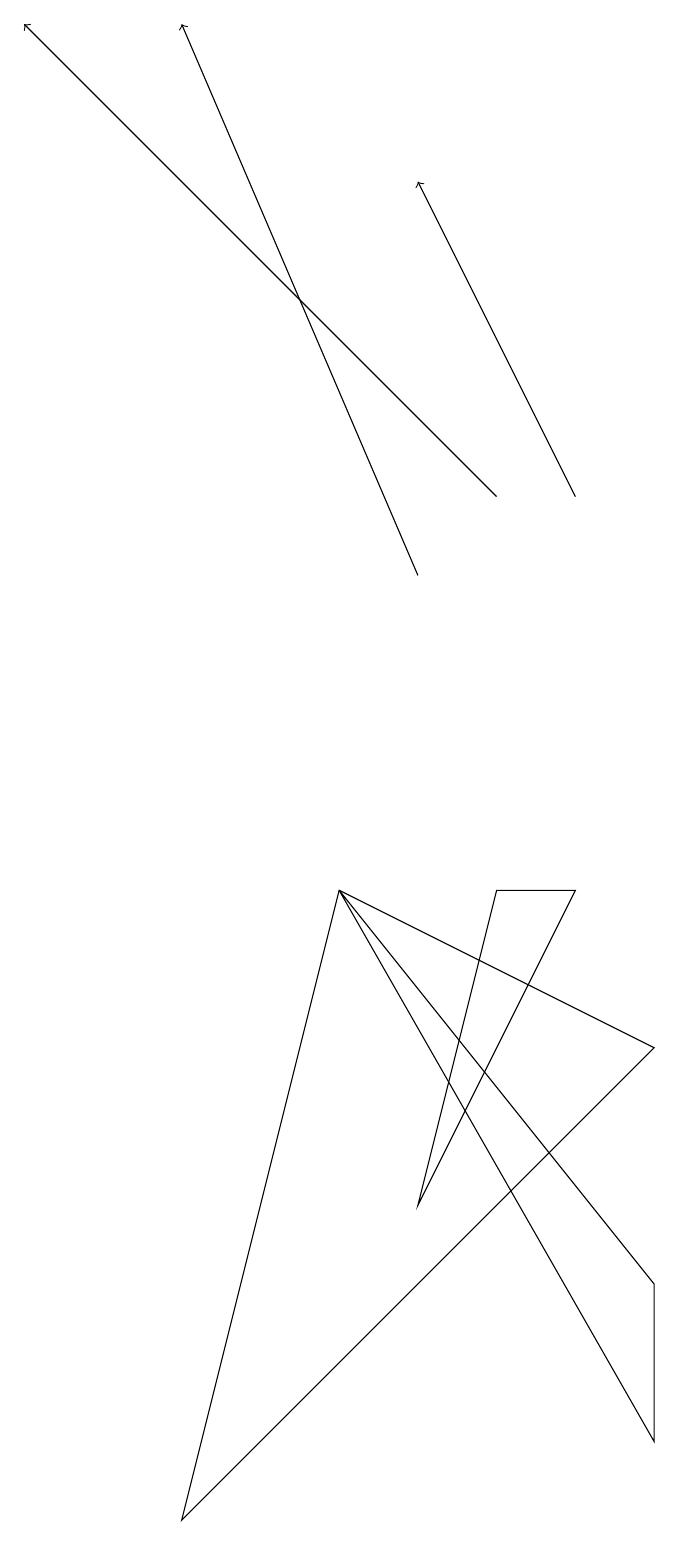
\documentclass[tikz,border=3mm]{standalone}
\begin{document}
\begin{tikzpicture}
\draw[->] (5,12) -- (2,19);
\draw[->] (7,13) -- (5,17);
\draw (8,3) -- (4,8) -- (8,1) -- cycle;
\draw (6,8) -- (5,4) -- (7,8) -- cycle;
\draw (8,6) -- (4,8) -- (2,0) -- cycle;
\draw[->] (6,13) -- (0,19);
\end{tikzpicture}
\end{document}